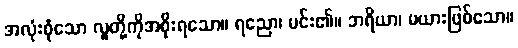
အလုံးစုံသော လူတို့ကိုအစိုးရသော။ ရညော၊ မင်း၏။ ဘရိယာ၊ မယားဖြစ်သော။